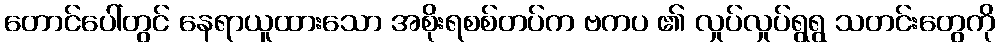
တောင်ပေါ်တွင် နေရာယူထားသော အစိုးရစစ်တပ်က ဗကပ ၏ လှုပ်လှုပ်ရွရွ သတင်းတွေကို